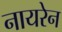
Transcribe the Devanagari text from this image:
नायरेन